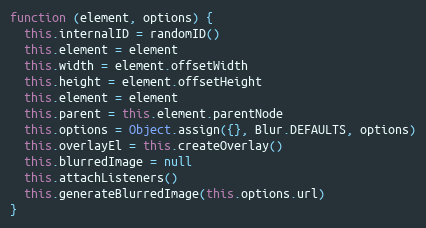
Language: JavaScript
function (element, options) {
  this.internalID = randomID()
  this.element = element
  this.width = element.offsetWidth
  this.height = element.offsetHeight
  this.element = element
  this.parent = this.element.parentNode
  this.options = Object.assign({}, Blur.DEFAULTS, options)
  this.overlayEl = this.createOverlay()
  this.blurredImage = null
  this.attachListeners()
  this.generateBlurredImage(this.options.url)
}